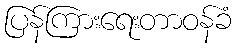
ပြန်ကြားရေးတာဝန်ခံ